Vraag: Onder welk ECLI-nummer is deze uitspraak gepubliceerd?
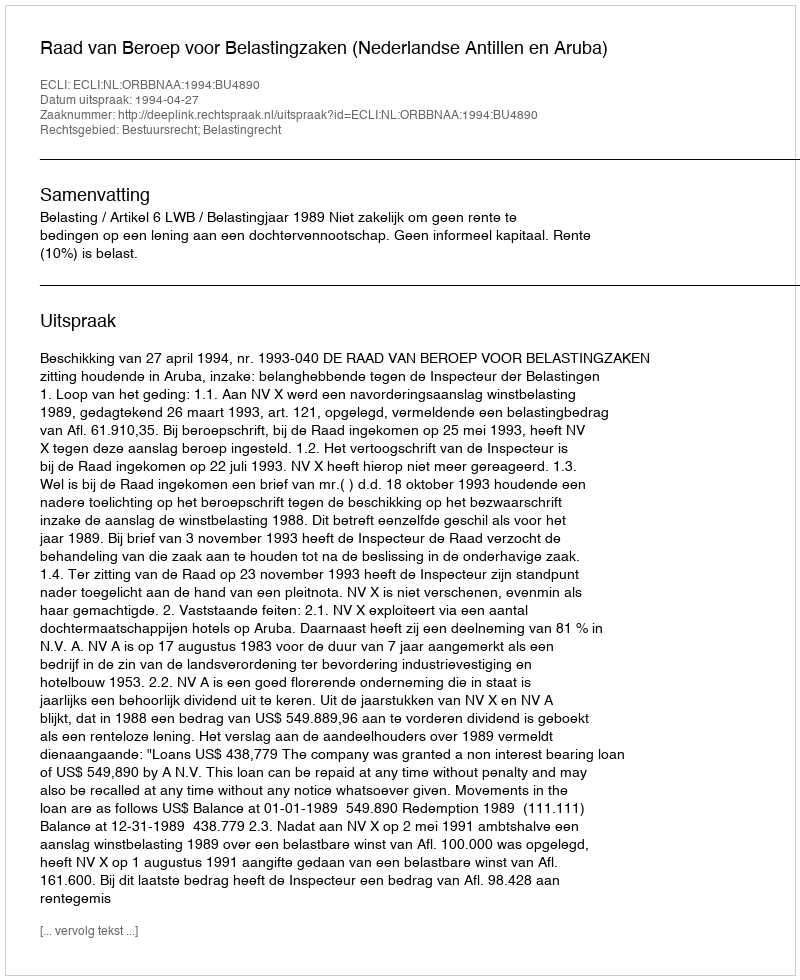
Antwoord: ECLI:NL:ORBBNAA:1994:BU4890